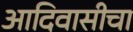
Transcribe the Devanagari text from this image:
आदिवासीचा